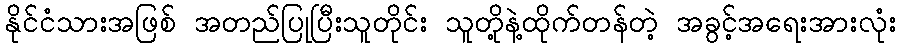
နိုင်ငံသားအဖြစ် အတည်ပြုပြီးသူတိုင်း သူတို့နဲ့ထိုက်တန်တဲ့ အခွင့်အရေးအားလုံး